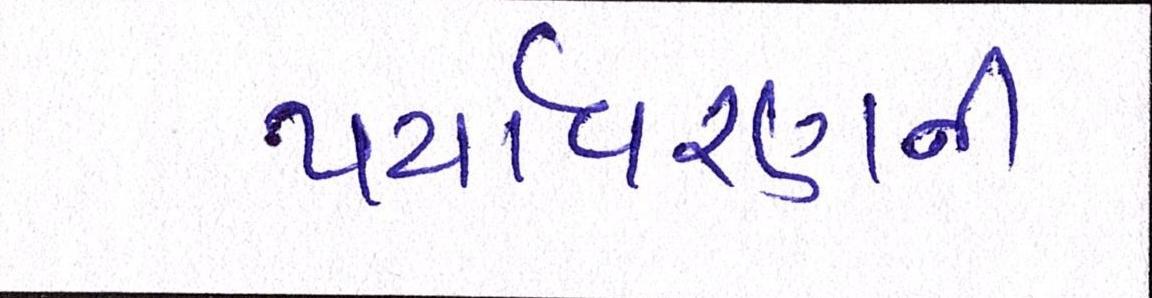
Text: પર્યાવરણની